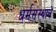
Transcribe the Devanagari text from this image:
धर्मसंस्थाने